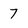
Character: 7